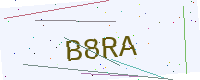
Text: B8RA